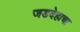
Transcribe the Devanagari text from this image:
जडदेहाचा